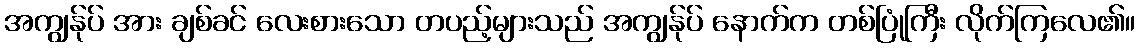
အကျွန်ုပ် အား ချစ်ခင် လေးစားသော တပည့်များသည် အကျွန်ုပ် နောက်က တစ်ပြုံကြီး လိုက်ကြလေ၏။